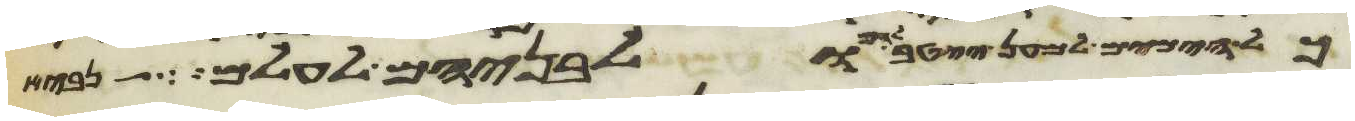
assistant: כל הימים למען ייטב להם ולבניהם לעולם לך